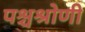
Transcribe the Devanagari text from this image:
पश्चश्रोणी